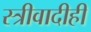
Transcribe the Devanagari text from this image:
स्त्रीवादीही